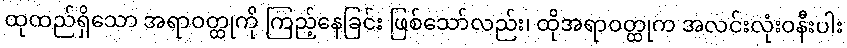
ထုထည်ရှိသော အရာဝတ္ထုကို ကြည့်နေခြင်း ဖြစ်သော်လည်း၊ ထိုအရာဝတ္ထုက အလင်းလုံးဝနီးပါး